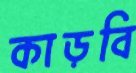
কাড়বি